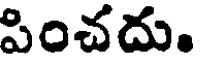
పించదు.